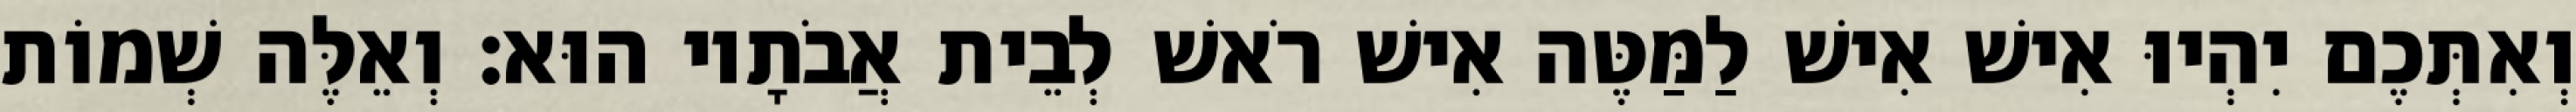
וְאִתְּכֶם יִהְיוּ אִישׁ אִישׁ לַמַּטֶּה אִישׁ רֹאשׁ לְבֵית אֲבֹתָיו הוּא׃ וְאֵלֶּה שְׁמוֹת